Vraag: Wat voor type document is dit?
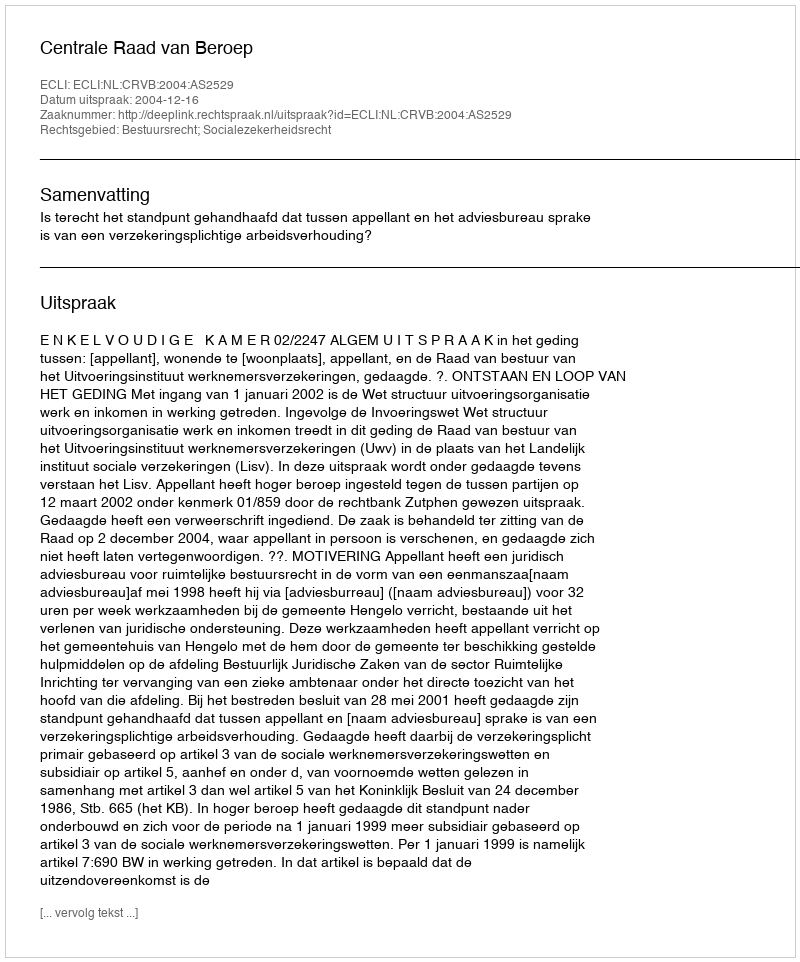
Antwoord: Uitspraak